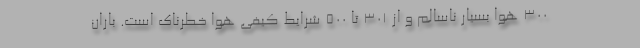
۳۰۰ هوا بسیار ناسالم و از ۳۰۱ تا ۵۰۰ شرایط کیفی هوا خطرناک است. باران